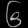
Digit: ၆